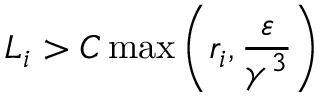
L _ { i } > C \operatorname* { m a x } \left( r _ { i } , { \frac { \varepsilon } { \gamma ^ { 3 } } } \right)